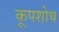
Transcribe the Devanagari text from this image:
कूपशोथ